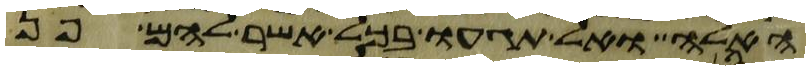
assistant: האלה ואל תגעו בכל אשר להם פן